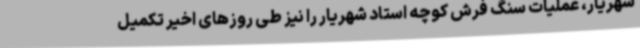
شهریار، عملیات سنگ فرش کوچه استاد شهریار را نیز طی روزهای اخیر تکمیل